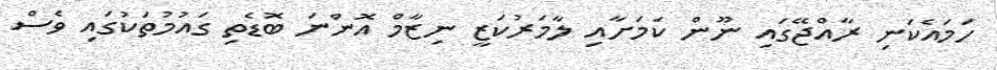
ހަމައެކަނި ރާއްޖޭގައި ނޫން ކަމަށާއި ލާމަރުކަޒީ ނިޒާމް އޮންނަ ބޮޑެތި ގައުމުތަކުގައި ވެސް